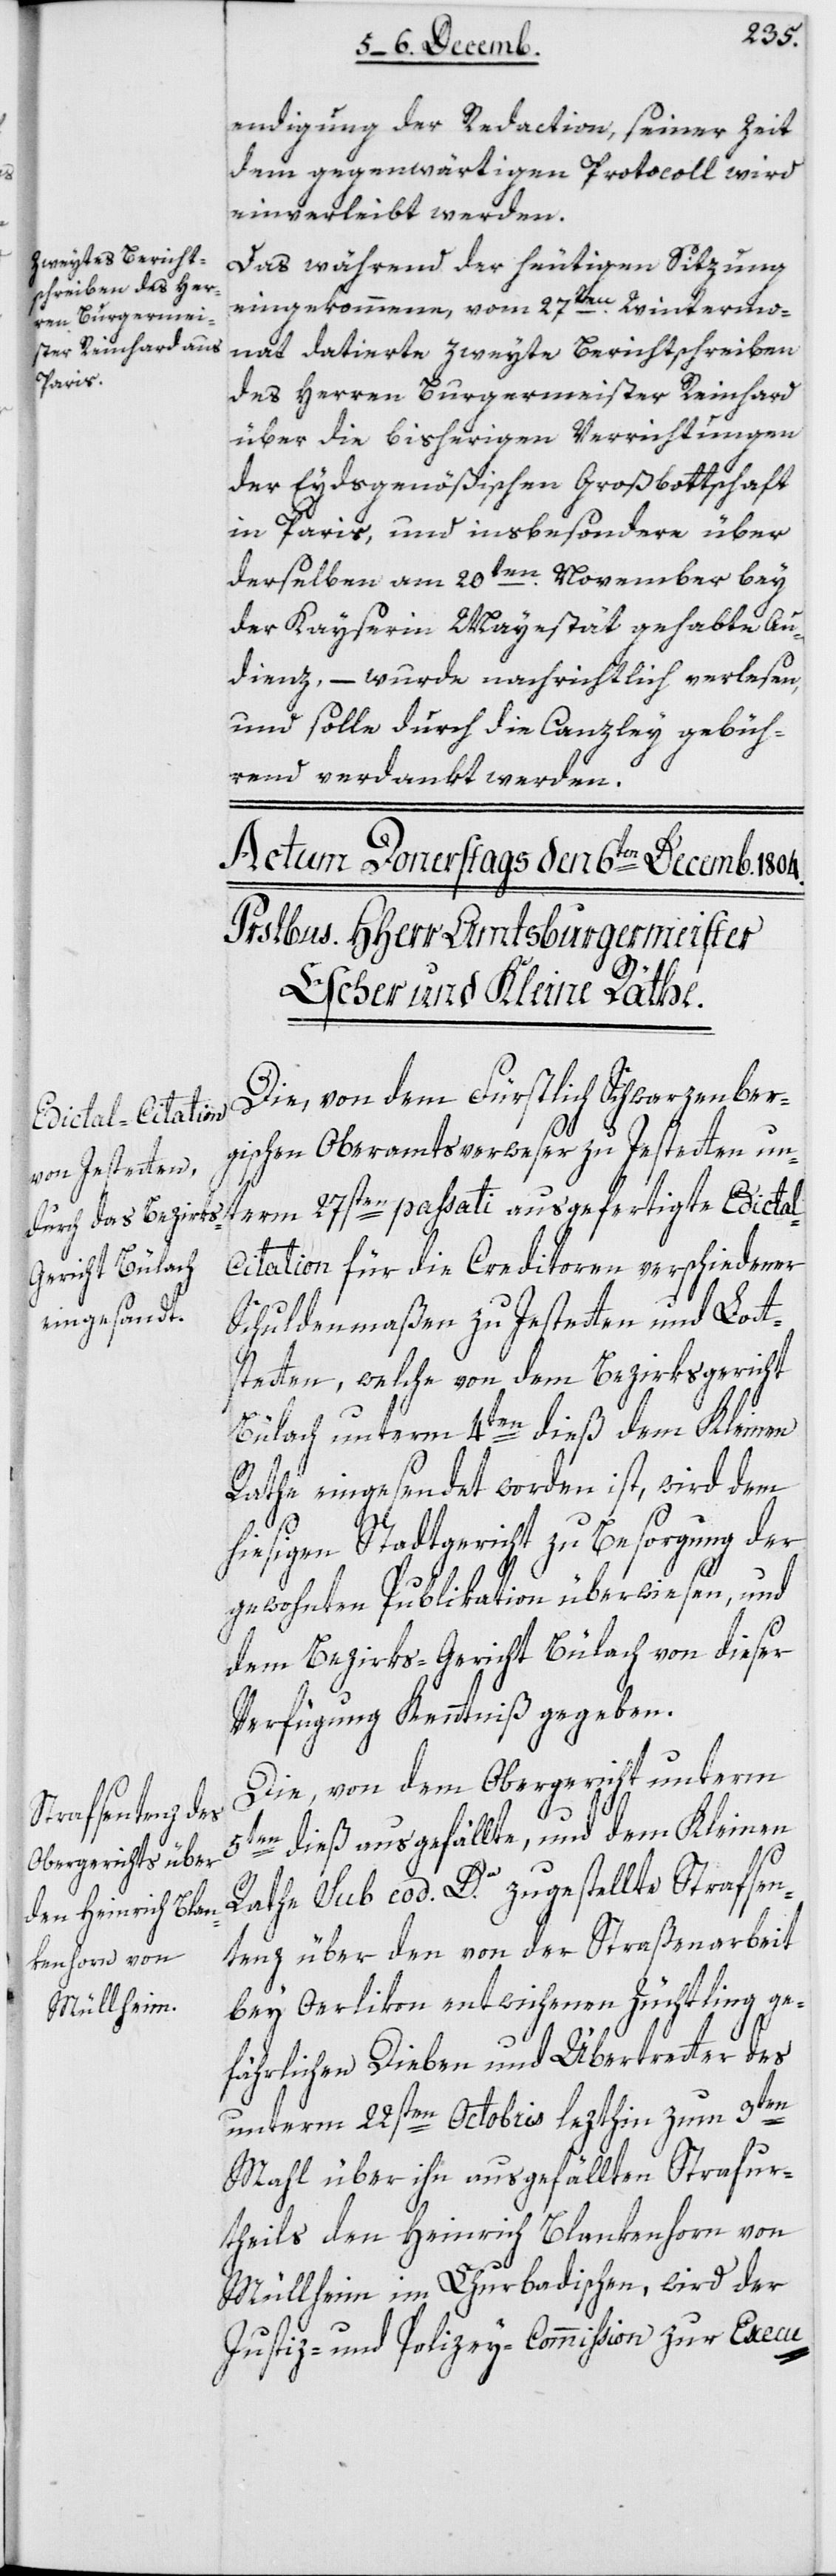
endigung der Redaction, seiner Zeit
dem gegenwärtigen Protocoll wird
einverleibt werden.
Das während der heutigen Sitzung
eingekommene, vom 27ten Wintermo¬
nat datierte zweyte Berichtschreiben
des Herren Burgermeister Reinhard
über die bisherigen Verrichtungen
der Eydsgenößischen Großbottschaft
in Paris, und insbesondere über
derselben am 20ten November bey
der Kayserin Majestät gehabte Au¬
dienz, – wurde nachrichtlich verlesen,
und solle durch die Canzley gebüh¬
rend verdankt werden.
passati ausgefertigte Edictal-C¬
Die von dem Fürstlich Schwarzenber¬
gischen Oberamtsverweser zu Jestetten unt¬
itation für die Creditoren verschiedener
Schuldenmaßen zu Jestetten und Lot¬
stetten, welche von dem Bezirksgericht
Bülach unterm 4ten dieß dem Kleinen
Rathe eingesendet worden ist, wird dem
hießigen Stadtgericht zu Besorgung der
gewohnten Publikation überwiesen, und
dem Bezirks-Gericht Bülach von dieser
Verfügung Kenntniß gegeben.
Die von dem Obergericht unterm
5ten dieß ausgefällte, und dem Kleinen
Rathe sub cod. D zugestellte Strafsen¬
tenz über den von der Straßenarbeit
bey Oerlikon entwichenen Züchtling ge¬
fährlichen Dieben und Übertreter des
erm
unterm 22sten Octobris lezthin zum 9ten
Mahl über ihn ausgefällten Strafur¬
theils den Heinrich Blankenhorn von
Müllheim im Churbadischen, wird der
Justiz- und Polizey-Commißion zur Execu-